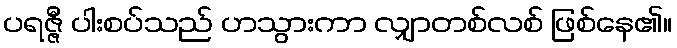
ပရဇ္ဇီ ပါးစပ်သည် ဟသွားကာ လျှာတစ်လစ် ဖြစ်နေ၏။